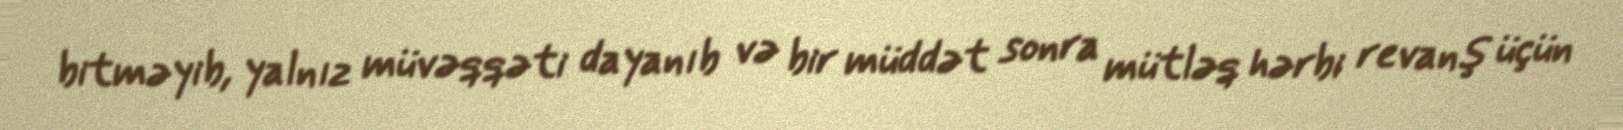
bitməyib, yalnız müvəqqəti dayanıb və bir müddət sonra mütləq hərbi revanş üçün